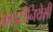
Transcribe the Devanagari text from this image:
काइटोनियेसी